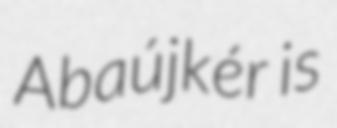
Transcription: Abaújkér is